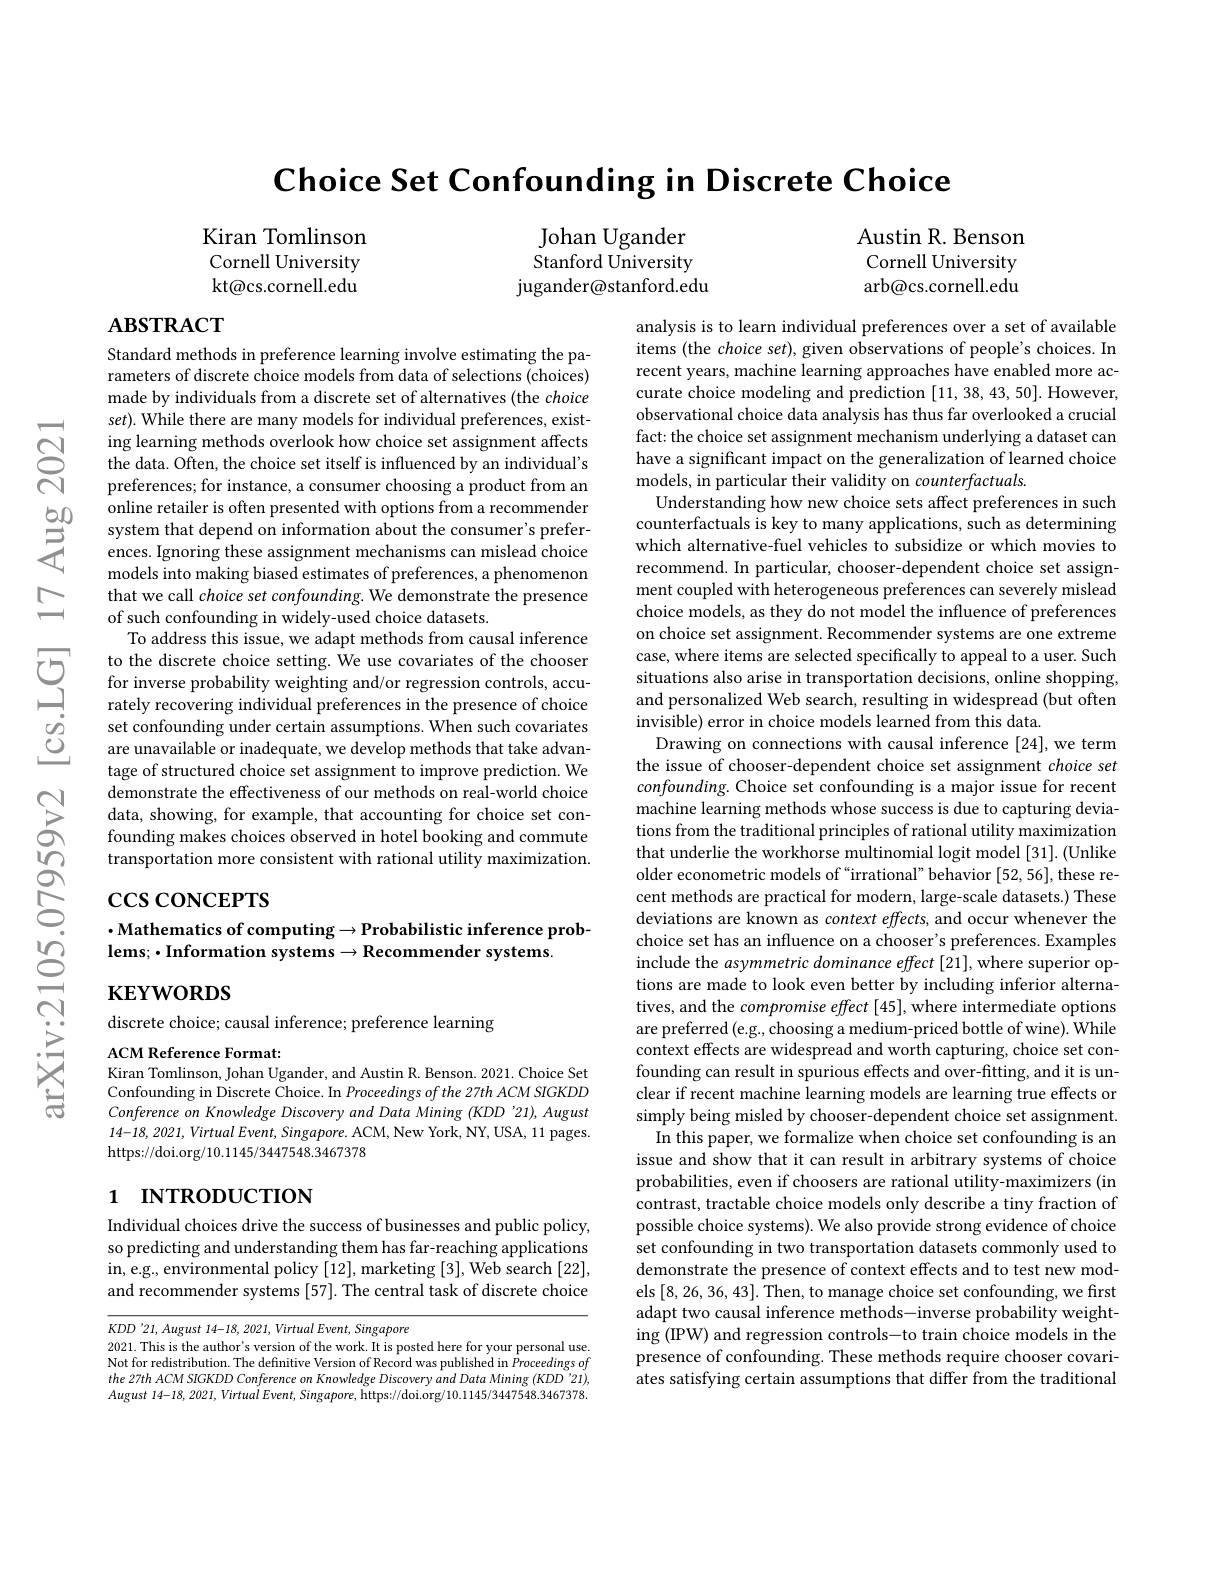
$\textbf{Choice Set Confounding in Discrete Choice}$

Austin R. Benson Cornell University arb@cs.cornell.edu

Kiran Tomlinson Cornell University kt@cs.cornell.edu

Johan Ugander ${\mathrm{Stanford~University}}$ jugander@stanford.edu

# $\mathbf{ABSTRACT}$

Standard methods in preference learning involve estimating the parameters of discrete choice models from data of selections (choices) made by individuals from a discrete set of alternatives (the choice $set).$ While there are many models for individual preferences, existing learning methods overlook how choice set assignment affects the data. Often, the choice set itself is influenced by an individual's preferences; for instance, a consumer choosing a product from an online retailer is often presented with options from a recommender system that depend on information about the consumer's preferences. Ignoring these assignment mechanisms can mislead choice models into making biased estimates of preferences, a phenomenon that we call choice set confounding. We demonstrate the presence of such confounding in widely-used choice datasets.
To address this issue, we adapt methods from causal inference to the discrete choice setting. We use covariates of the chooser for inverse probability weighting and/or regression controls, accurately recovering individual preferences in the presence of choice set confounding under certain assumptions. When such covariates are unavailable or inadequate, we develop methods that take advantage of structured choice set assignment to improve prediction. We demonstrate the effectiveness of our methods on real-world choice data, showing, for example, that accounting for choice set confounding makes choices observed in hotel booking and commute transportation more consistent with rational utility maximization.

analysis is to learn individual preferences over a set of available items (the choice set), given observations of people's choices. In recent years, machine learning approaches have enabled more accurate choice modeling and prediction [11,38,43,50]. However, observational choice data analysis has thus far overlooked a crucial fact: the choice set assignment mechanism underlying a dataset can have a significant impact on the generalization of learned choice models, in particular their validity on counterfactuals.
Understanding how new choice sets affect preferences in such counterfactuals is key to many applications, such as determining which alternative-fuel vehicles to subsidize or which movies to recommend. In particular, chooser-dependent choice set assignment coupled with heterogeneous preferences can severely mislead choice models, as they do not model the influence of preferences on choice set assignment. Recommender systems are one extreme case, where items are selected specifically to appeal to a user. Such situations also arise in transportation decisions, online shopping, and personalized Web search, resulting in widespread (but often invisible) error in choice models learned from this data.
Drawing on connections with causal inference [24], we term the issue of chooser-dependent choice set assignment choice set confounding. Choice set confounding is a major issue for recent machine learning methods whose success is due to capturing deviations from the traditional principles of rational utility maximization that underlie the workhorse multinomial logit model [31]. (Unlike older econometric models of “irrational”behavior [52,56],these recent methods are practical for modern, large-scale datasets.) These deviations are known as context effects, and occur whenever the choice set has an influence on a chooser's preferences. Examples include the asymmetric dominance effect [21], where superior options are made to look even better by including inferior alternatives, and the compromise effect [45], where intermediate options are preferred(e.g., choosing a medium-priced bottle of wine). While context effects are widespread and worth capturing, choice set confounding can result in spurious effects and over-fitting, and it is unclear if recent machine learning models are learning true effects or simply being misled by chooser-dependent choice set assignment. In this paper, we formalize when choice set confounding is an
issue and show that it can result in arbitrary systems of choice probabilities, even if choosers are rational utility-maximizers (in contrast, tractable choice models only describe a tiny fraction of possible choice systems). We also provide strong evidence of choice set confounding in two transportation datasets commonly used to demonstrate the presence of context effects and to test new models [8,26,36,43]. Then, to manage choice set confounding, we first adapt two causal inference methods-inverse probability weighting (IPW) and regression controls-to train choice models in the presence of confounding. These methods require chooser covariates satisfying certain assumptions that differ from the traditional

$\csc\cos$coNCEPTS

## $\cdot$Mathematics of computing$\to$Probabilistic inference prob- $\textbf{lems; }\bullet \textbf{Information systems}\to \textbf{Recommender systems. }$

$\mathbf{KEYWORDS}$

discrete choice; causal inference; preference learning

ACM Reference Format:
Kiran Tomlinson, Johan Ugander, and Austin R. Benson. 2021. Choice Set Confounding in Discrete Choice. In Proceedings of the 27th ACM SIGKDD Conference on Knowledge Discovery and Data Mining (KDD 21), August $14-18,2021,VirtualEvent,Singapore.$ ACM, New York, NY, USA, 11 pages. https://doi.org/10.1145/3447548.3467378

# 1 INTRODUCTION

Individual choices drive the success of businesses and public policy, so predicting and understanding them has far-reaching applications in, e. g. , environmental policy [ 12] , marketing [ 3] , Web search [ 22] , and recommender systems [57]. The central task of discrete choice

$KDD$ '21, August 14-18, 2021, Virtual Event, Singapore
2021. This is the author's version of the work. It is posted here for your personal use. Not for redistribution. The definitive Version of Record was published in Proceedings $of$ the 27th ACM SIGKDD Conference on Knowledge Discovery and Data Mining (KDD '21), $August 14- 18, 2021, Virtua\" {l} Event, Singapore, $https: / / doi. org/ 10. 1145/ 3447548. 3467378.